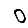
Digit: 0